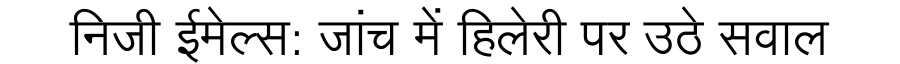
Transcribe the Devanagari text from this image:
निजी ईमेल्स: जांच में हिलेरी पर उठे सवाल